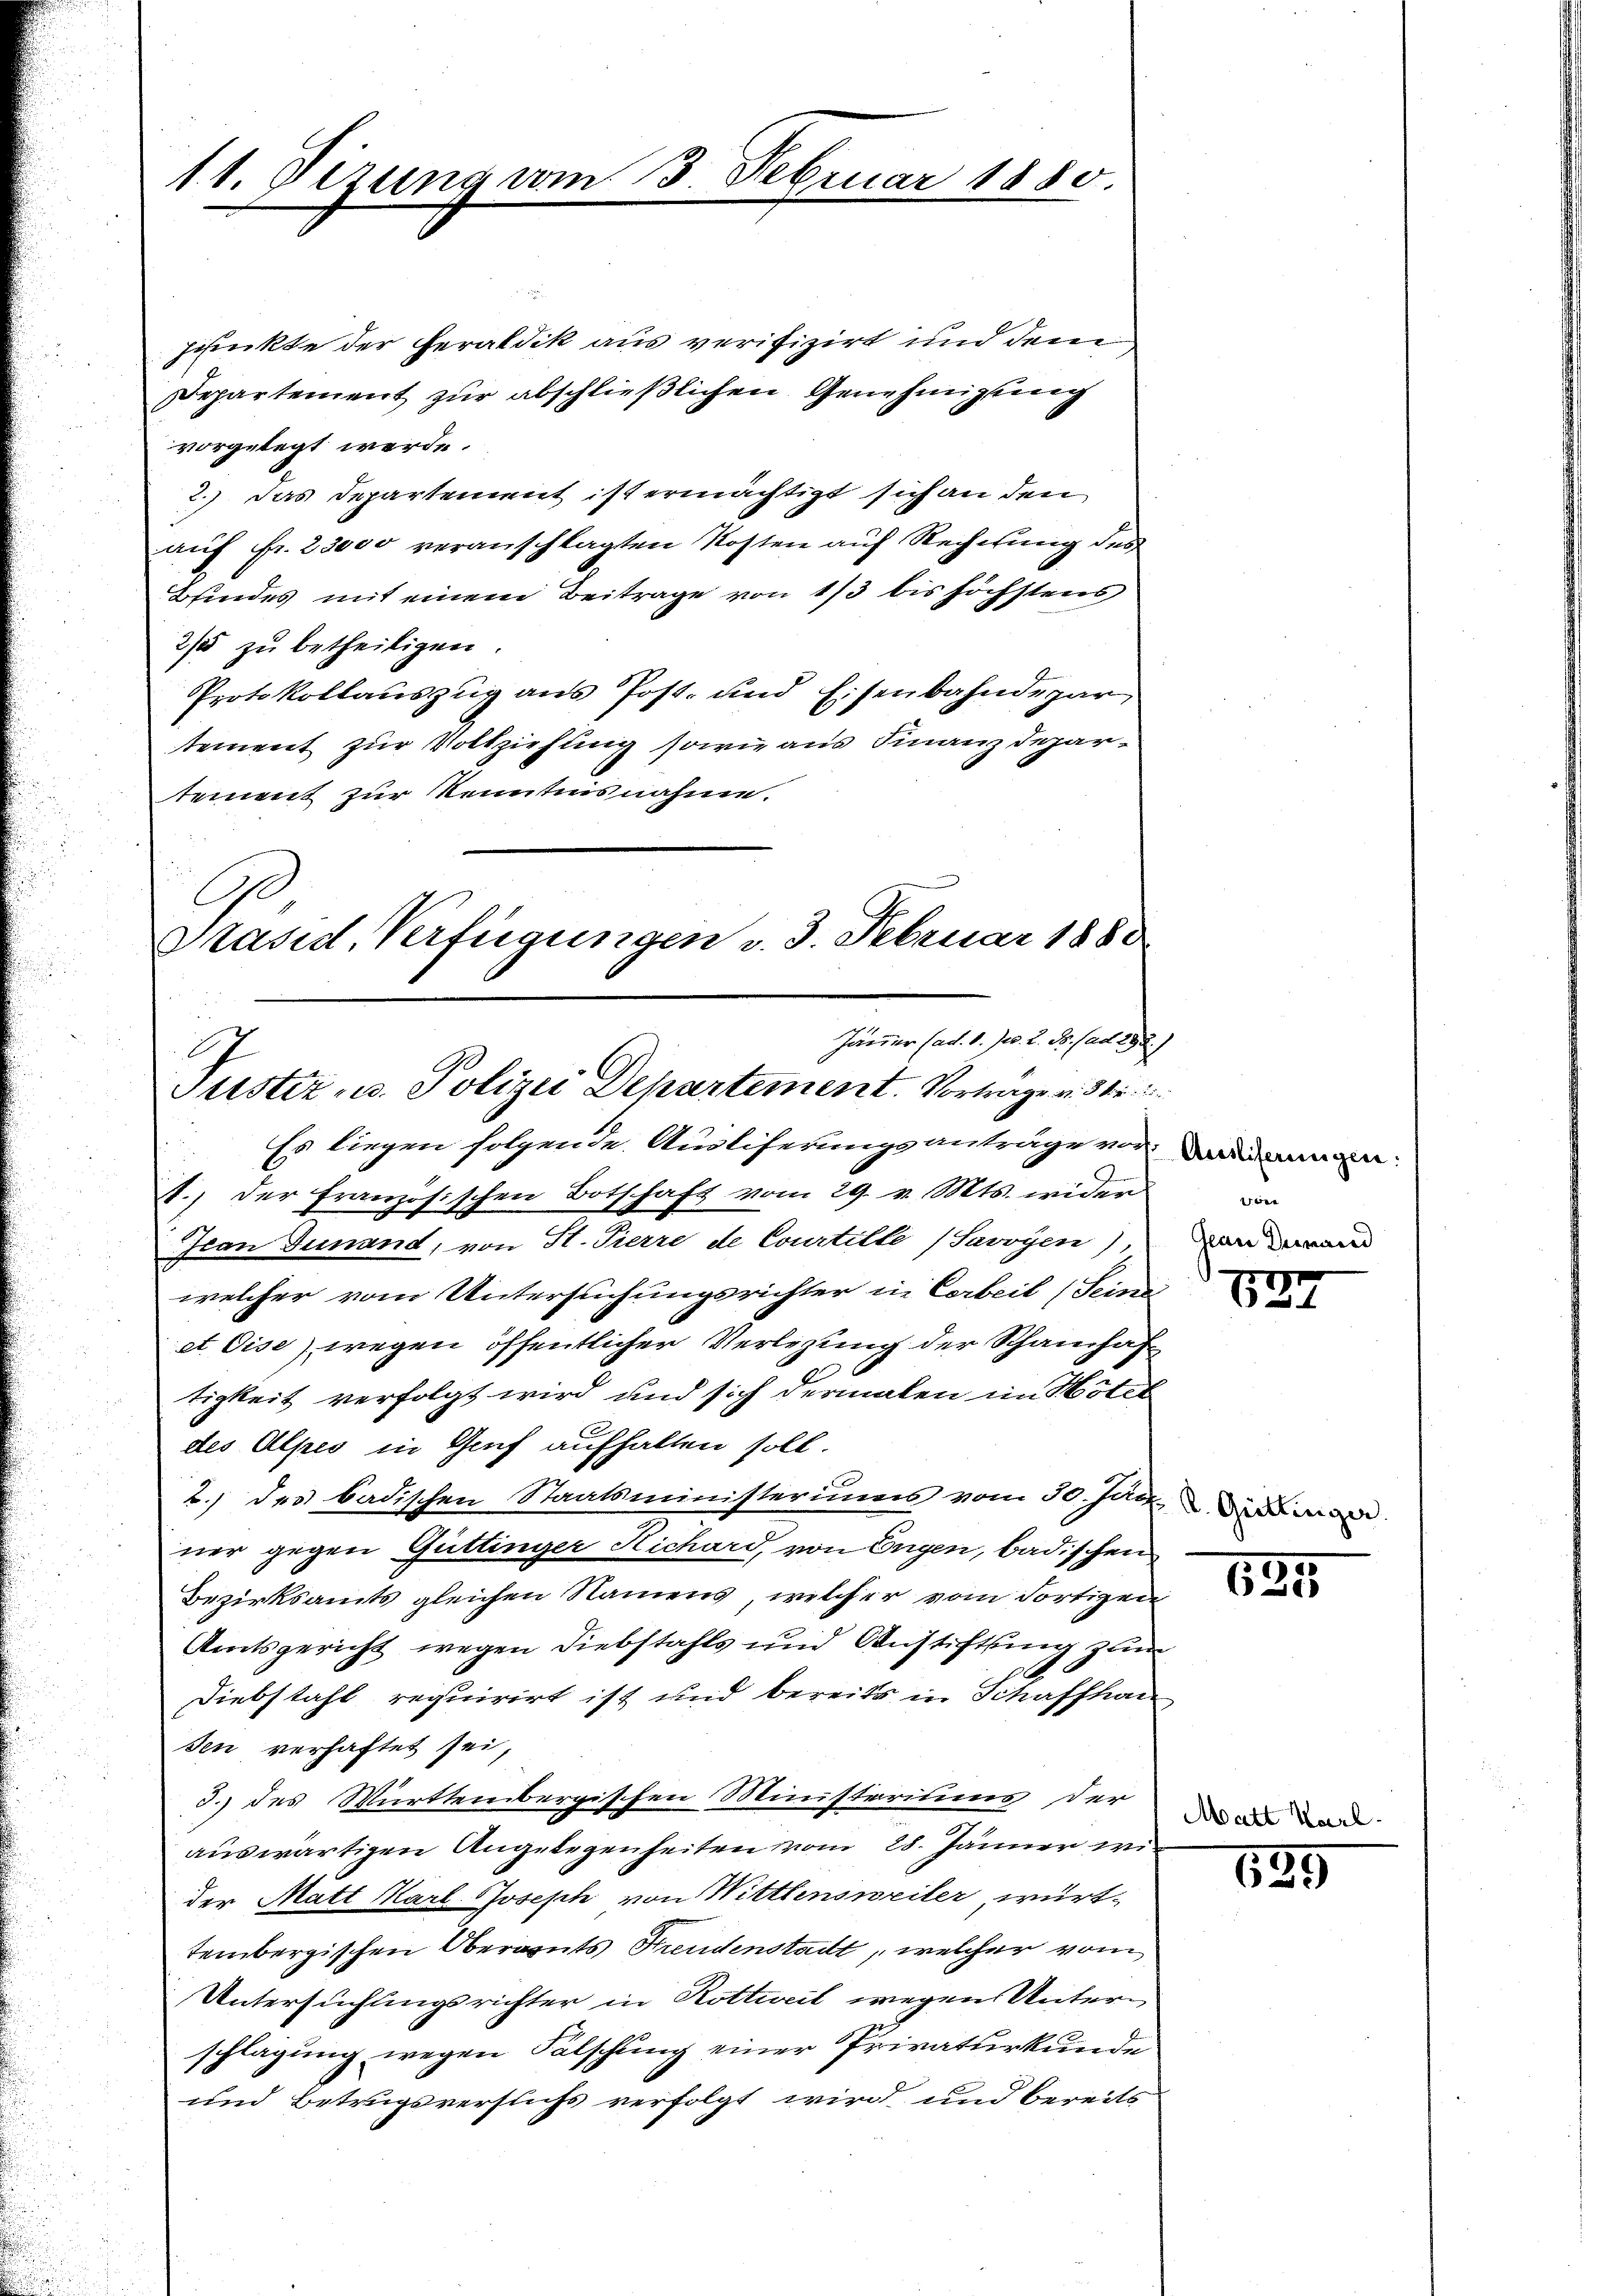
11. Vizung um

punkte der Feraldik aus verifizirt und dem
Departement zur abschließlichen Genehmigung
vorgelegt werde.
2.) Das Departement ist ermächtigt sich an den
auf Fr. 23000 veranschlagten Kosten auf Rechnung des
Bindes mit einem Beitrage von 1/3 bis höchstens
2% zu betheiligen.
Protokollauszug aus Post- und Eisenbahndepar
tement zur Vollziehung sowie aus Finanzdepartement zur Kenntnisnahme.
C

3. Februar 1880.

Präsid. Verfügungen v. 3. Februar 1880
Jammer (ad. 1. Ju. 2. d. ad 292.)
Justiz- u. Polizei Departement. Vortrage v. 31.

Es liegen folgende Ausliferungsanträge von Dien
A.) Der französischen Botschaft vom 29. v. Mts. wider
Ican Finand, von H. Pierre de Courtille (Savoyen),
welcher vom Untersuchungsrichter in Corbeil (Seine
et Oise) wegen öffentlicher Verlegung der Schanhaftigkeit verfolgt wird und sich dermalen im Hotel
des Alpes in Genf aufhalten soll.
2.) des badischen Staatsministeriums vom 30. Jan. Da man
ner gegen Güttinger Richard, von Engen, badischen
Bezirksamts gleichen Namens, welcher vom dortigen
Amtsgericht wegen Diebstahls und Anstiftung zum
Diebstahl requirirt ist und bereits in Schaffhau
sen verhaftet sei,
3.) des Württembergischen Ministeriums der
auswärtigen Angelegenheiten vom 28. Jänner wi
der Matt Karl-Joseph von Wittlensweiler, württembergischen Oberguts Freudenstadt, welcher vom
Untersuchungsrichter in Rottweil wegen Untern
schlagung wegen Fälschung einer Privaturkunde
und Betrugsversuchs verfolgt wird und bereits

wee
ean Deinand

Matt

527

135

639